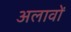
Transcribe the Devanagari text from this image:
अलावों